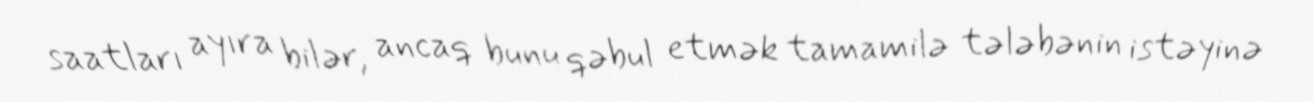
saatları ayıra bilər, ancaq bunu qəbul etmək tamamilə tələbənin istəyinə